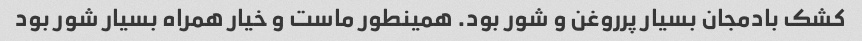
کشک بادمجان بسیار پرروغن و شور بود. همینطور ماست و خیار همراه بسیار شور بود